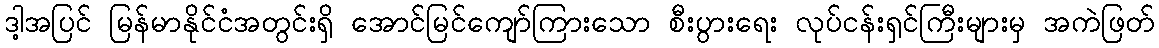
ဒါ့အပြင် မြန်မာနိုင်ငံအတွင်းရှိ အောင်မြင်ကျော်ကြားသော စီးပွားရေး လုပ်ငန်းရှင်ကြီးများမှ အကဲဖြတ်